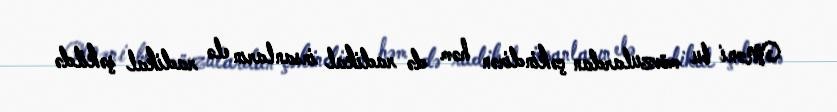
Məni bu mövzulardan çəkindirən həm də radikal insanların elə radikal şəkildə